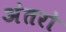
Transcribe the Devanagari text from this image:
अंतरो